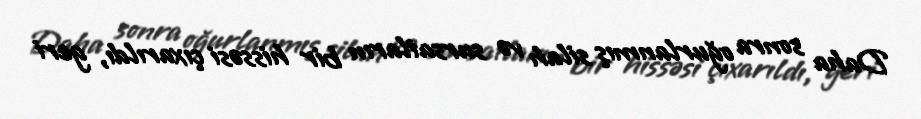
Daha sonra oğurlanmış silah və sursatların bir hissəsi çıxarıldı, geri